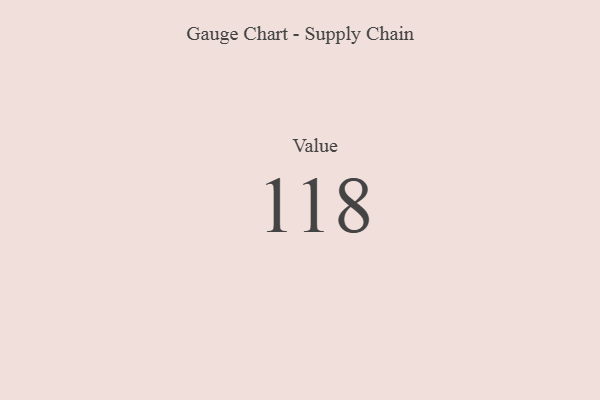
{"axis": {"x": "Metric", "y": "Value"}, "legend": [""], "data": [{"x": "Value", "y": 118, "type": ""}]}